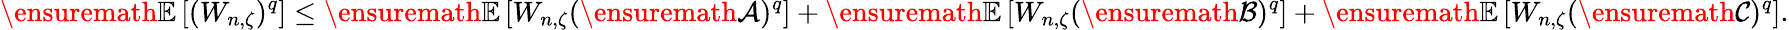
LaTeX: {\ensuremath{\mathbb E}}\left[(W_{n,\zeta})^{q}\right]\le{\ensuremath{\mathbb E}}\left[W_{n,\zeta}({\ensuremath{\mathcal A}})^{q}\right]+{\ensuremath{\mathbb E}}\left[W_{n,\zeta}({\ensuremath{\mathcal B}})^{q}\right]+{\ensuremath{\mathbb E}}\left[W_{n,\zeta}({\ensuremath{\mathcal C}})^{q}\right].